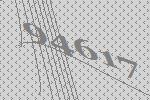
94617